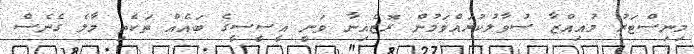
މިނިސްޓަރު މުއިއްޒާ ސުވާލުކުރައްވަމުން ރޮޒެއިނާ ވަނީ އީސީސީގެ ބައެއް ތަކެތި މާލެ ގެނެސް